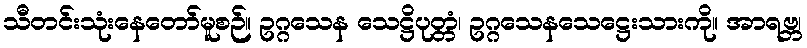
သီတင်းသုံးနေတော်မူစဉ်။ ဥဂ္ဂသေန သေဋ္ဌိပုတ္တံ၊ ဥဂ္ဂသေနသေဋ္ဌေးသားကို။ အာရဗ္ဘ၊